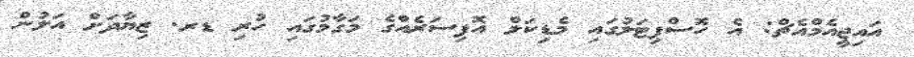
އައިޖީއެމްއެޗް: އެ ހޮސްޕިޓަލުގައި މެޑިކަލް އޮފިސަރެއްގެ މަގާމުގައި ހުރި ޑރ. ޒިޔާދަށް އަލުން